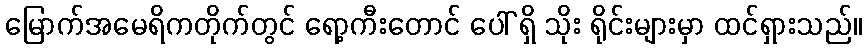
မြောက်အမေရိကတိုက်တွင် ရော့ကီးတောင် ပေါ် ရှိ သိုး ရိုင်းများမှာ ထင်ရှားသည်။